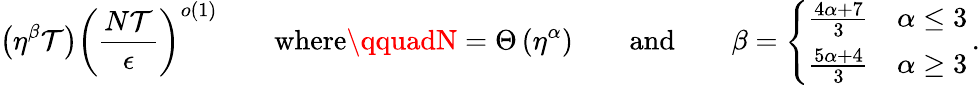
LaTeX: \left(\eta^{\beta}\mathcal{T}\right)\left(\frac{{N\mathcal{T}}}{{\epsilon}}\right)^{o(1)}\qquad\textrm{{where}}\qquadN=\Theta\left(\eta^{\alpha}\right)\qquad\textrm{{and}}\qquad\beta=\left\{ \begin{array}{ll}{\frac{4\alpha+7}{3}}&{\alpha\leq 3}\\ {\frac{5\alpha+4}{3}}&{\alpha\geq 3}\end{array}\right.\, .